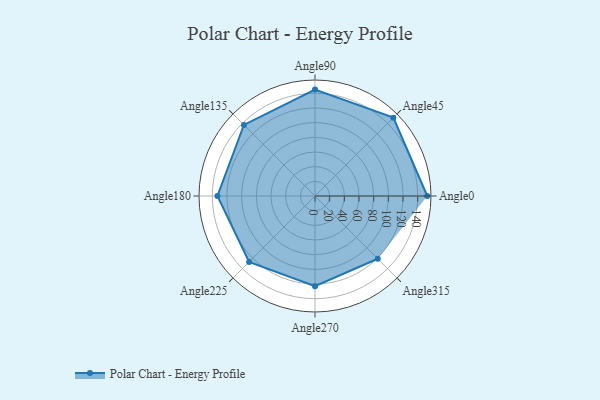
{"axis": {"x": "Angle", "y": "Radius"}, "legend": [""], "data": [{"x": "Angle0", "y": 153.0, "type": ""}, {"x": "Angle45", "y": 151.0, "type": ""}, {"x": "Angle90", "y": 145.0, "type": ""}, {"x": "Angle135", "y": 137.0, "type": ""}, {"x": "Angle180", "y": 133.0, "type": ""}, {"x": "Angle225", "y": 127.0, "type": ""}, {"x": "Angle270", "y": 123.0, "type": ""}, {"x": "Angle315", "y": 121.0, "type": ""}]}